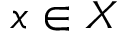
x \in X